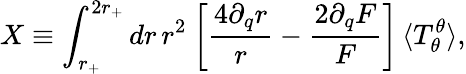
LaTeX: X\equiv\int_{r_{+}}^{2r_{+}}dr\, r^{2}\: \biggl[\frac{4\partial_{q}r}{r}-\frac{2\partial_{q}F}{F}\biggr]\, \langle T_{\theta}^{\theta}\rangle,